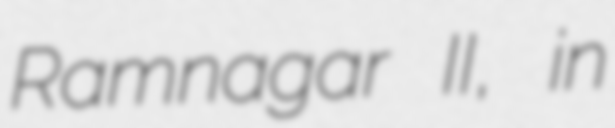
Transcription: Ramnagar II, in